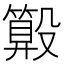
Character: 𣫑